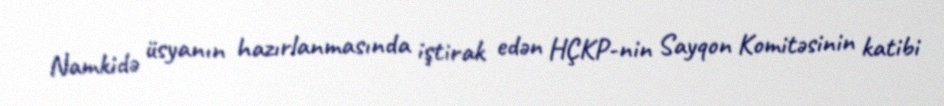
Namkidə üsyanın hazırlanmasında iştirak edən HÇKP-nin Sayqon Komitəsinin katibi